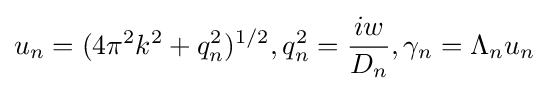
u_{n}=(4\pi ^{2}k^{2}+q_{n}^{2})^{1/2},q_{n}^{2}={\frac {iw}{D_{n}}},\gamma _{n}=\Lambda _{n}u_{n}